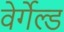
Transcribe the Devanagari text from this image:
वेर्गेल्ड